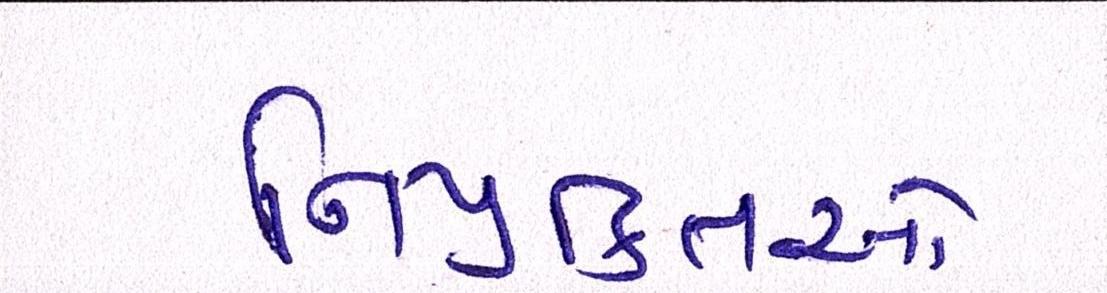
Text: નિયુક્તિઓ